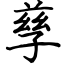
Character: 孳